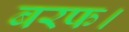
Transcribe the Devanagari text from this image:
बरफ।